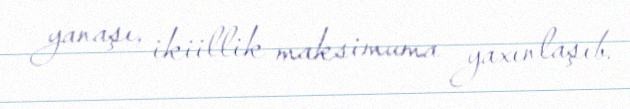
yanaşı, ikiillik maksimuma yaxınlaşıb.